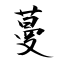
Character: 蔓